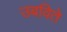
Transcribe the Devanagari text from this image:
उबविते